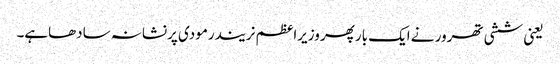
یعنی ششی تھرور نے ایک بارپھر وزیراعظم نریندرمودی پرنشانہ سادھاہے۔